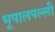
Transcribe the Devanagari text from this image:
भूपालपल्ली